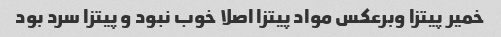
خمیر پیتزا وبرعکس مواد پیتزا اصلا خوب نبود و پیتزا سرد بود